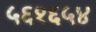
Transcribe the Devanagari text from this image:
५६१६५४